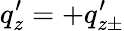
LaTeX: q_{z}^{\prime}=+q_{z\pm}^{\prime}